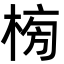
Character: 㮄